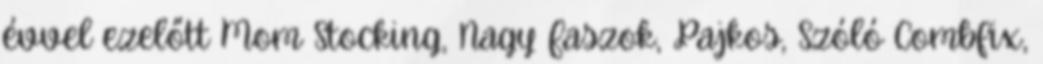
évvel ezelőtt Mom Stocking, Nagy Faszok, Pajkos, Szóló Combfix,